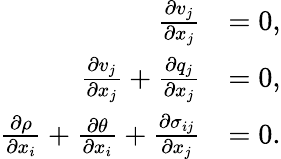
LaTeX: \begin{array}{rl}{\frac{\partial v_{j}}{\partial x_{j}}}&{=0,}\\ {\frac{\partial v_{j}}{\partial x_{j}}+\frac{\partial q_{j}}{\partial x_{j}}}&{=0,}\\ {\frac{\partial\rho}{\partial x_{i}}+\frac{\partial\theta}{\partial x_{i}}+\frac{\partial\sigma_{ij}}{\partial x_{j}}}&{=0.}\end{array}